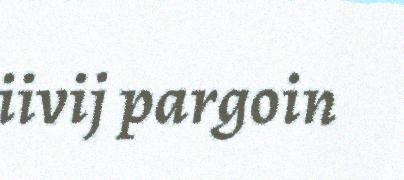
iivij pargoin